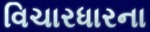
વિચારધારના